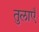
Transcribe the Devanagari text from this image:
तुलाएँ